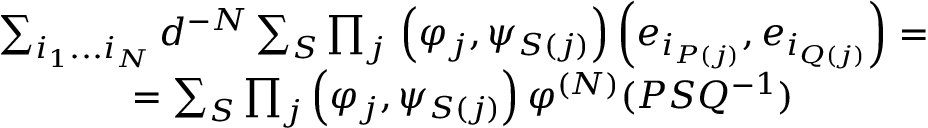
\begin{array} { c } { { \sum _ { i _ { 1 } . . . i _ { N } } d ^ { - N } \sum _ { S } \prod _ { j } { } \left( \varphi _ { j } , \psi _ { S ( j ) } \right) \left( e _ { i _ { P ( j ) } } , e _ { i _ { Q ( j ) } } \right) = } } \\ { { = \sum _ { S } \prod _ { j } \left( \varphi _ { j } , \psi _ { S ( j ) } \right) \varphi ^ { \left( N \right) } ( P S Q ^ { - 1 } ) } } \end{array}